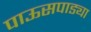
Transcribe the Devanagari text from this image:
पाऊसपाड्या